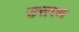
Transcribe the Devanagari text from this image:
उत्तरण